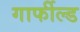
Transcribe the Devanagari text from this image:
गार्फील्ड